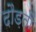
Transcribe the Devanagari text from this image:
दौड़तीं